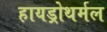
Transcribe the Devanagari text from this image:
हायड्रोथर्मल